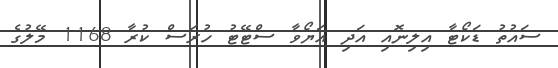
ސައުތު ޑަކޯޓާ އިލިނޮއި އަދި އަޔޯވާ ސްޓޭޓު ހުރަސް ކުރާ 1168 މޭލުގެ